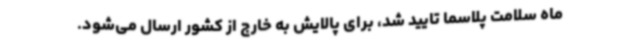
ماه سلامت پلاسما تایید شد، برای پالایش به خارج از کشور ارسال می‌شود.